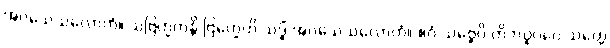
အဝသေသလောကံ။ သဗြဟ္မကန္တိ ဗြဟ္မေဟိ သဒ္ဓိံ အဝသေသလောကံ။ ဧဝံ သဗ္ဗေပိ တိဘဝူပဂေ သတ္တေ